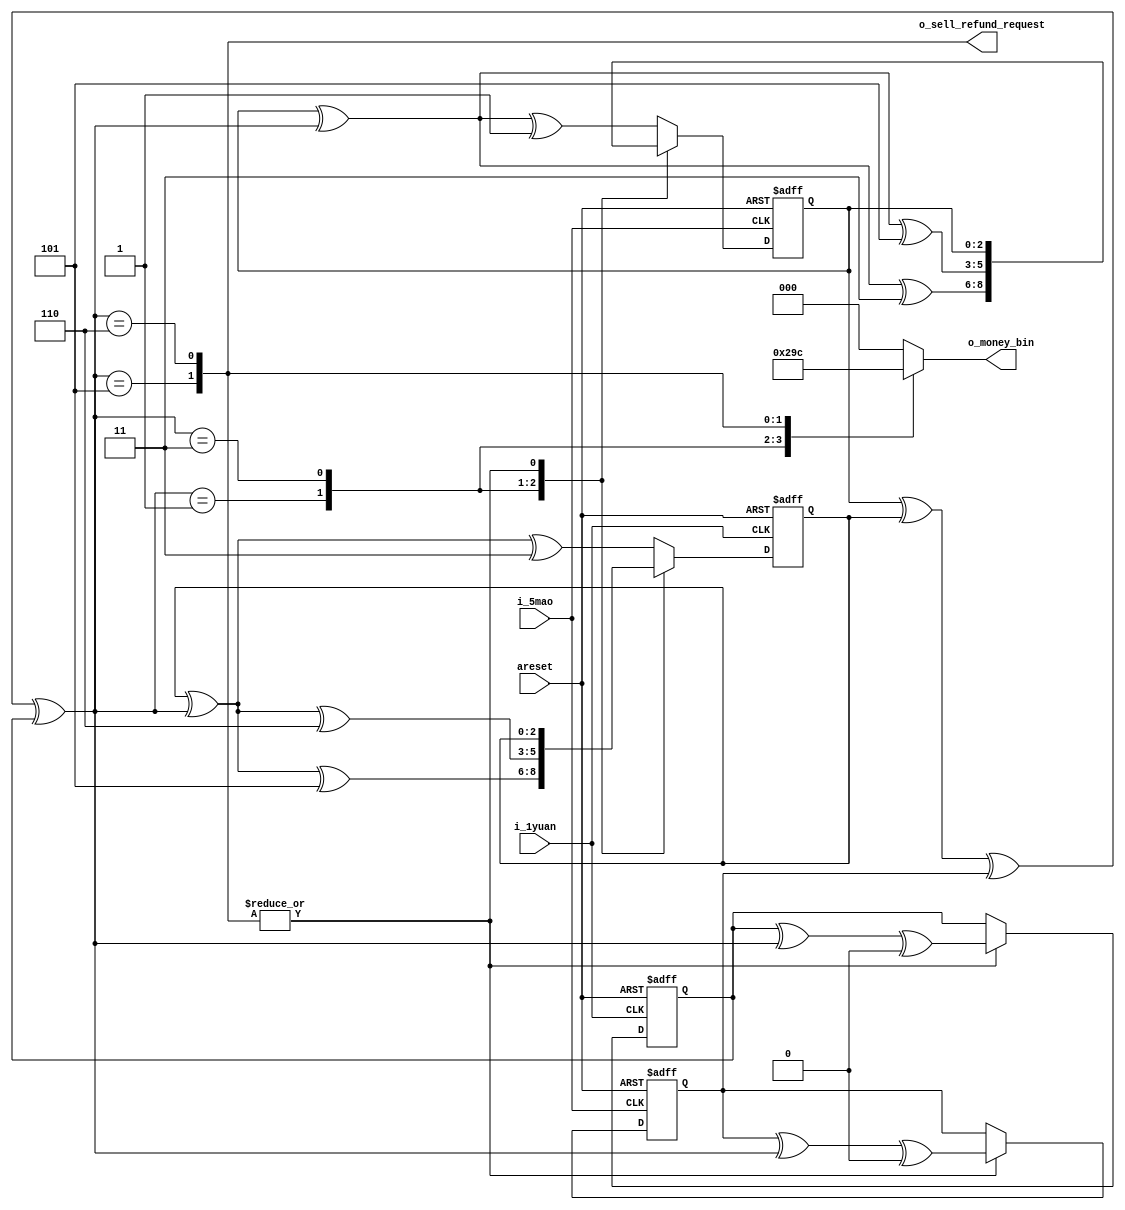
`timescale 1ns / 1ps
module async_moore_fsm(
    input areset,
    input i_1yuan,
    input i_5mao,
    output reg [2:0] o_money_bin,
    output [1:0] o_sell_refund_request
    );
    
    // I spent 2 days designing these states in rid of race hazard
    parameter S0     = 3'b000, // initial, or previous deal finished
              S5mao  = 3'b001, // got 0.5yuan
              S1yuan = 3'b011, // got 1yuan
              S1y5m  = 3'b101, // got 1.5yuan
              S2yuan = 3'b110; // got 2yuan
              // other arbitary states are seen as S0=3'b000
    
    // multi-trigger struct
    wire [2:0] state;
    reg [2:0] state_xor [3:0];
    assign state = state_xor[0] ^ state_xor[1] ^ state_xor[2] ^ state_xor[3];
    
    // detect asynchoronous 0.5yuan input
    always @(posedge i_5mao, posedge areset)
        if(areset)
            state_xor[0] <= 3'b000;
        else
            case(state)
            S0     : state_xor[0] <= state_xor[0] ^ state ^ S5mao;
            S5mao  : state_xor[0] <= state_xor[0] ^ state ^ S1yuan;
            S1yuan : state_xor[0] <= state_xor[0] ^ state ^ S1y5m;
            S1y5m  : state_xor[0] <= state_xor[0];
            S2yuan : state_xor[0] <= state_xor[0];
            default: state_xor[0] <= state_xor[0] ^ state ^ S5mao;
            endcase
    
    // detect asynchoronous 1yuan input
    always @(posedge i_1yuan, posedge areset)
        if(areset)
            state_xor[1] <= 3'b000;
        else
            case(state)
            S0     : state_xor[1] <= state_xor[1] ^ state ^ S1yuan;
            S5mao  : state_xor[1] <= state_xor[1] ^ state ^ S1y5m;
            S1yuan : state_xor[1] <= state_xor[1] ^ state ^ S2yuan;
            S1y5m  : state_xor[1] <= state_xor[1];
            S2yuan : state_xor[1] <= state_xor[1];
            default: state_xor[1] <= state_xor[1] ^ state ^ S1yuan;
            endcase
    
    // if selling, reset state when RELEASE ANY BUTTON
    always @(negedge i_5mao, posedge areset)
        if(areset)
            state_xor[2] <= 3'b000;
        else
            case(state)
            S1y5m  : state_xor[2] <= state_xor[2] ^ state ^ S0;
            S2yuan : state_xor[2] <= state_xor[2] ^ state ^ S0;
            default: state_xor[2] <= state_xor[2];
            endcase
    always @(negedge i_1yuan, posedge areset)
        if(areset)
            state_xor[3] <= 3'b000;
        else
            case(state)
            S1y5m  : state_xor[3] <= state_xor[3] ^ state ^ S0;
            S2yuan : state_xor[3] <= state_xor[3] ^ state ^ S0;
            default: state_xor[3] <= state_xor[3];
            endcase
    
    // output logic
    assign o_sell_refund_request[1] = state == S1y5m;
    assign o_sell_refund_request[0] = state == S2yuan;
    always @(state)
        case(state)
        S0     : o_money_bin = 3'b000;
        S5mao  : o_money_bin = 3'b001;
        S1yuan : o_money_bin = 3'b010;
        S1y5m  : o_money_bin = 3'b011;
        S2yuan : o_money_bin = 3'b100;
        default: o_money_bin = 3'b000;
        endcase
    
endmodule